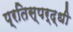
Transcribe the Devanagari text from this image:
प्रतिस्पर्द्धी